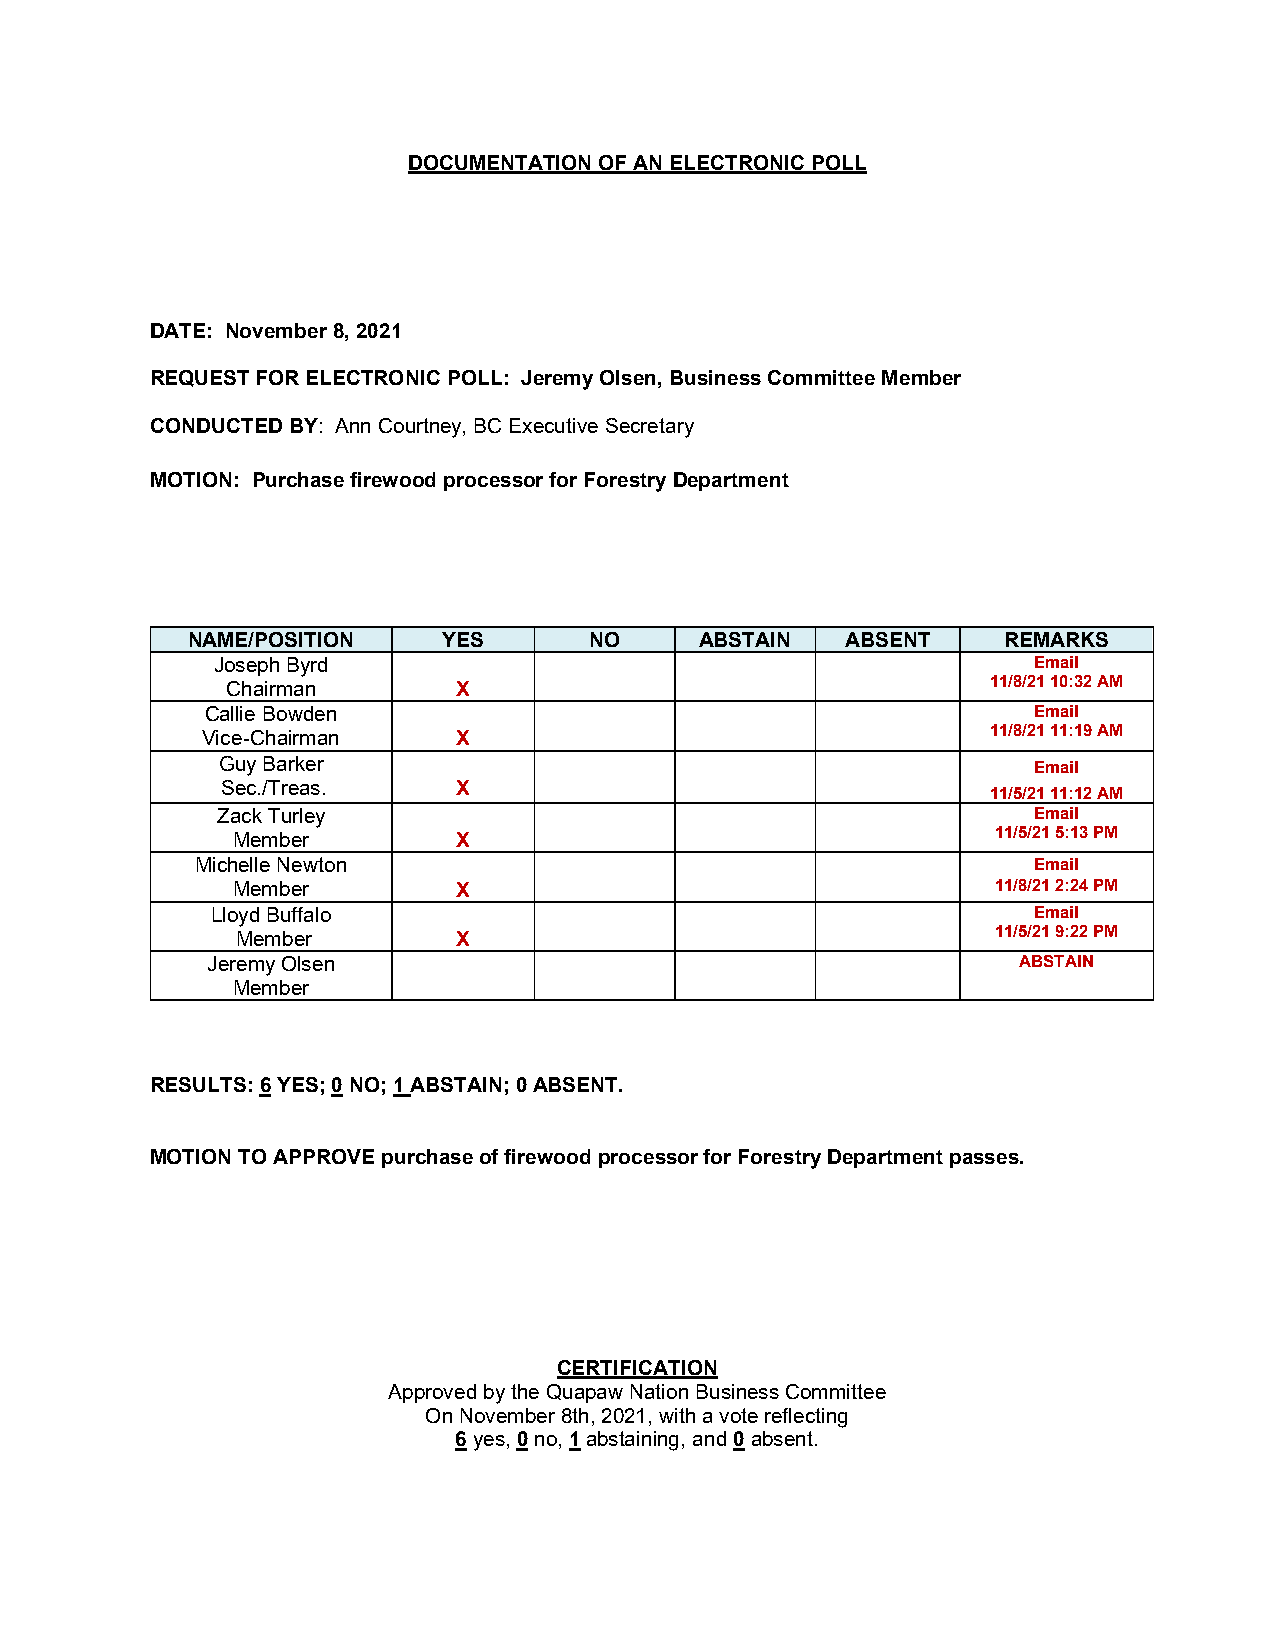
DOCUMENTATION OF AN ELECTRONIC POLL
 DATE: November 8, 2021
 REQUEST FOR ELECTRONIC POLL: Jeremy Olsen, Business Committee Member
 CONDUCTED BY: Ann Courtney, BC Executive Secretary
 MOTION: Purchase firewood processor for Forestry Department
 NAME/POSITION    YES       NO     ABSTAIN   ABSENT    REMARKS
 Joseph Byrd                                           Email
 Chairman       X                                   11/8/21 10:32 AM
 Callie Bowden                                         Email
 Vice-Chairman    X                                   11/8/21 11:19 AM
 Guy Barker                                            Email
 Sec./Treas.    X                                   11/5/21 11:12 AM
 Zack Turley                                           Email
 Member         X                                   11/5/21 5:13 PM
 Michelle Newton                                        Email
 Member         X                                   11/8/21 2:24 PM
 Lloyd Buffalo                                         Email
 Member        X                                   11/5/21 9:22 PM
 Jeremy Olsen                                         ABSTAIN
 Member
 RESULTS: 6 YES; 0 NO; 1 ABSTAIN; 0 ABSENT.
 MOTION TO APPROVE purchase of firewood processor for Forestry Department passes.
 CERTIFICATION
 Approved by the Quapaw Nation Business Committee
 On November 8th, 2021, with a vote reflecting
 6 yes, 0 no, 1 abstaining, and 0 absent.